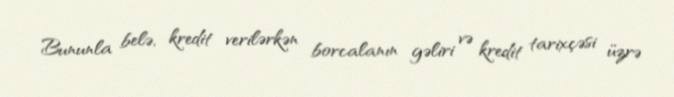
Bununla belə, kredit verilərkən borcalanın gəliri və kredit tarixçəsi üzrə